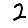
Digit: 2